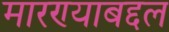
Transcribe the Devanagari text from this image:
मारण्याबद्दल